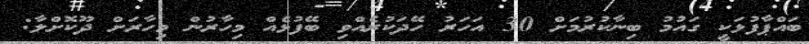
ބައްޕާފުޅަކީ ގައުމު ބިނާކުރުމަށް 30 އަހަރު ހޭދަކުރެއްވި ބޭފުޅެއް މިހާރުން މިހާރަށް ދޫކޮށްލާ: